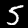
Digit: 5